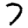
Digit: 7